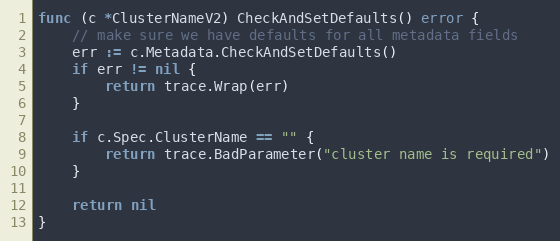
Language: Go
func (c *ClusterNameV2) CheckAndSetDefaults() error {
	// make sure we have defaults for all metadata fields
	err := c.Metadata.CheckAndSetDefaults()
	if err != nil {
		return trace.Wrap(err)
	}

	if c.Spec.ClusterName == "" {
		return trace.BadParameter("cluster name is required")
	}

	return nil
}